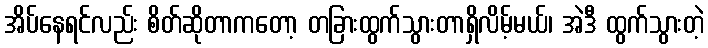
အိပ်နေရင်လည်း စိတ်ဆိုတာကတော့ တခြားထွက်သွားတာရှိလိမ့်မယ်၊ အဲဒီ ထွက်သွားတဲ့